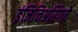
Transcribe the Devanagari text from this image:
इंजिनिअरिंगचे